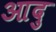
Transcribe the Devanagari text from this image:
आदु